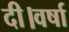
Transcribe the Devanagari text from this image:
दी।वर्षा